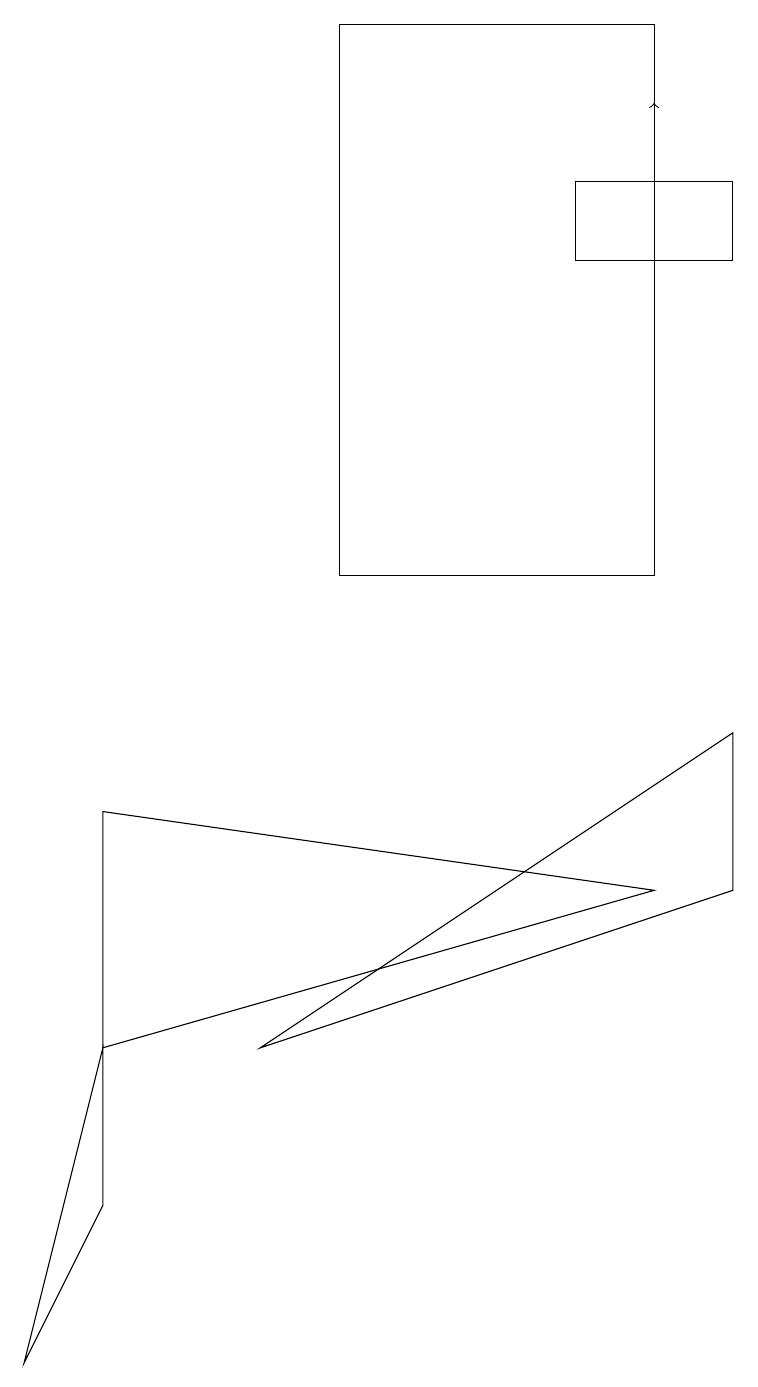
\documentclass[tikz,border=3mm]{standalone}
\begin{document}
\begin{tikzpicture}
\draw (7,14) rectangle (9,15);
\draw (3,4) -- (9,8) -- (9,6) -- cycle;
\draw[->] (8,16) -- (8,16);
\draw (4,17) rectangle (8,10);
\draw (1,4) -- (0,0) -- (1,2) -- cycle;
\draw (1,7) -- (1,4) -- (8,6) -- cycle;
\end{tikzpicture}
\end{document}